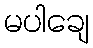
မပါချေ